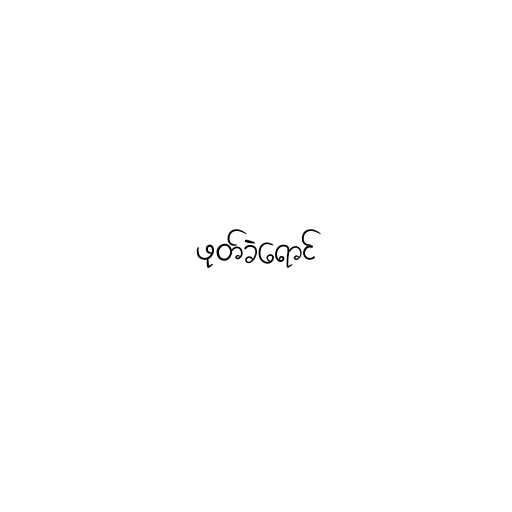
ဖုတ်ခဲရောင်